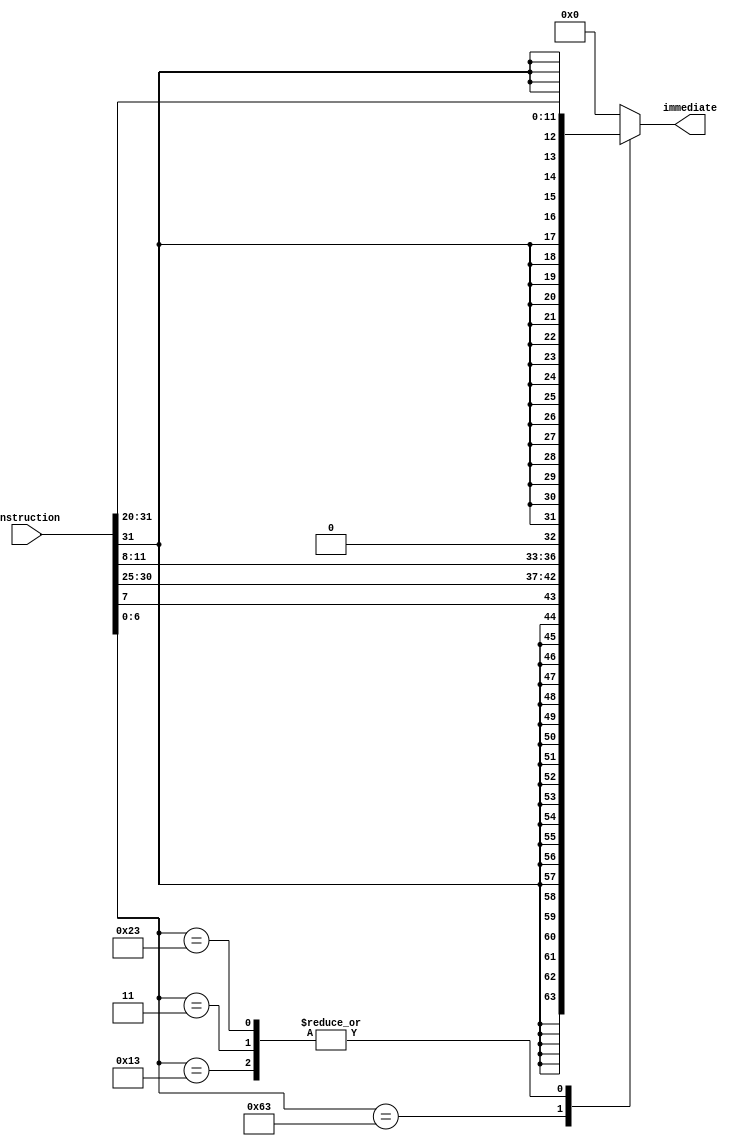
module immgen (
    input [31:0] instruction,
    output reg [31:0] immediate
);
    always @(*) begin
        case (instruction[6:0])
            7'b1100011 : immediate = {{19{instruction[31]}}, instruction[31], instruction[7], instruction[30:25], instruction[11:8], 1'b0}; //beq
            7'b0010011 : immediate = {{20{instruction[31]}}, instruction[31:20]}; //I type
            7'b0000011 : immediate = {{20{instruction[31]}}, instruction[31:20]}; //lw
            7'b0100011 : immediate = {{20{instruction[31]}}, instruction[31:20]}; //sw
            default: immediate = 0;
        endcase
    end
endmodule